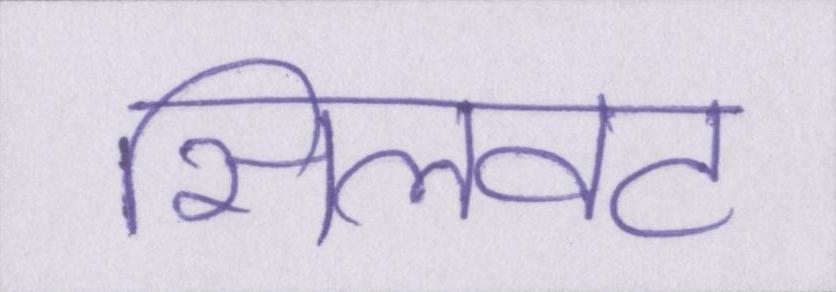
सिलवट